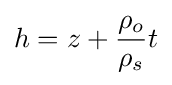
h=z+{\frac {\rho _{o}}{\rho _{s}}}t